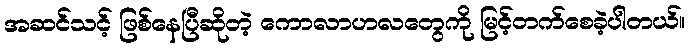
အဆင်သင့် ဖြစ်နေပြီဆိုတဲ့ ကောလာဟလတွေကို မြင့်တက်စေခဲ့ပါတယ်။